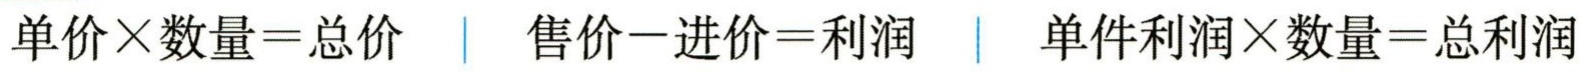
单价\times 数量=总价 \| 售价-进价=利润 \| 单件利润\times 数量=总利润